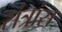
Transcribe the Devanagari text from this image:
संत्रांस